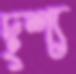
দৃশ্য